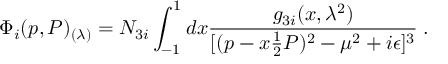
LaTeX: \Phi _ { i } ( p , P ) _ { ( \lambda ) } = N _ { 3 i } \int _ { - 1 } ^ { 1 } d x { \frac { g _ { 3 i } ( x , \lambda ^ { 2 } ) } { [ ( p - x { \frac { 1 } { 2 } } P ) ^ { 2 } - \mu ^ { 2 } + i \epsilon ] ^ { 3 } } } \; .